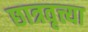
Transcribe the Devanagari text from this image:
छात्रवृत्त्या